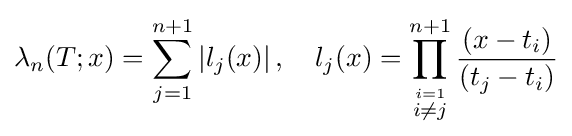
\lambda _{n}(T;x)=\sum _{j=1}^{n+1}\left|l_{j}(x)\right|,\quad l_{j}(x)=\prod _{\stackrel {i=1}{i\neq j}}^{n+1}{\frac {(x-t_{i})}{(t_{j}-t_{i})}}